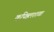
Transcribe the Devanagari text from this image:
कपिष्ठलशाखा